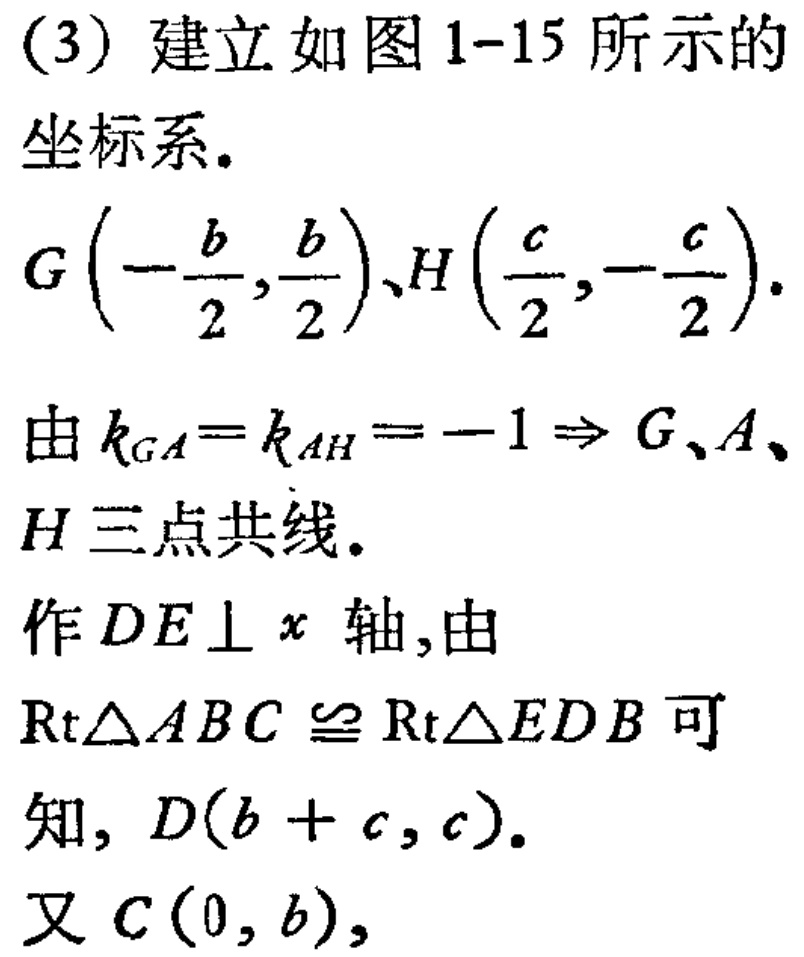
(3) 建立如图 1-15 所示的
坐标系.
$G\left(-\frac{b}{2},\frac{b}{2}\right)、H\left(\frac{c}{2},-\frac{c}{2}\right).$
由$k_{GA}=k_{AH}=-1\Rightarrow G、A、$
$H$三点共线.
作$DE\perp x$轴,由
$\mathrm{Rt}\triangle ABC\cong \mathrm{Rt}\triangle EDB$可
知, $D(b + c, c)$.
又$C(0, b),$